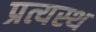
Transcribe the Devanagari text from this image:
प्रत्यस्थ